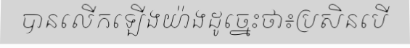
បានលើកឡើងយ៉ាងដូច្នេះថា៖ប្រសិនបើ